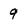
Character: 9